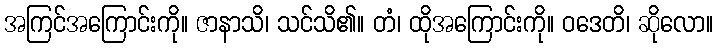
အကြင်အကြောင်းကို။ ဇာနာသိ၊ သင်သိ၏။ တံ၊ ထိုအကြောင်းကို။ ဝဒေတိ၊ ဆိုလော။